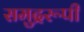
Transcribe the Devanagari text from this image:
समुद्ररूपी